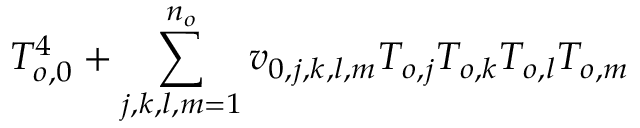
T _ { o , 0 } ^ { 4 } + \sum _ { j , k , l , m = 1 } ^ { n _ { o } } v _ { 0 , j , k , l , m } T _ { o , j } T _ { o , k } T _ { o , l } T _ { o , m }